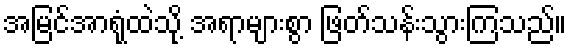
အမြင်အာရုံထဲသို့ အရာများစွာ ဖြတ်သန်းသွားကြသည်။